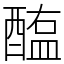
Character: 醢